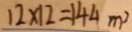
1 2 \times 1 2 = 1 4 4 m ^ { 2 }